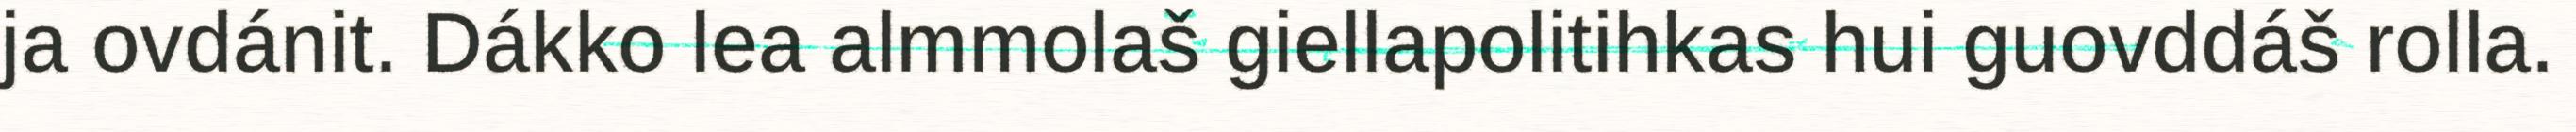
ja ovdánit. Dákko lea almmolaš giellapolitihkas hui guovddáš rolla.